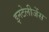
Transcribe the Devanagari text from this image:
इनटेलीजेंस